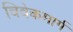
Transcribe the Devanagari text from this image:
विवेकमार्ग